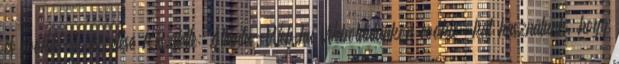
és cookie-k kezelése Készítette: Atlanta-Web.hu Weboldalunkon cookie-kat használunk, hogy